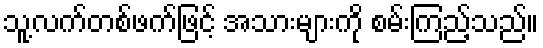
သူ့လက်တစ်ဖက်ဖြင့် အသားများကို စမ်းကြည့်သည်။